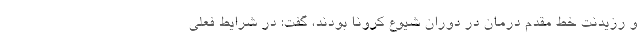
و رزیدنت خط مقدم درمان در دوران شیوع کرونا بودند، گفت: در شرایط فعلی